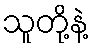
သူတို့နဲ့